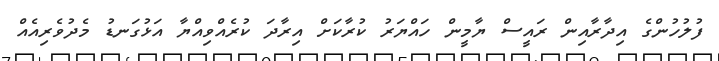
ފުލުހުންގެ އިދާރާއިން ރައީސް ޔާމީން ހައްޔަރު ކުރާކަށް އިރާދަ ކުރެއްވިއްޔާ އަޅުގަނޑު މެދުވެރިއެއް